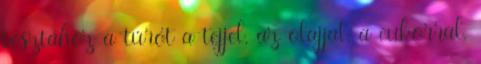
tésztához a túrót a tejjel, az olajjal, a cukorral,